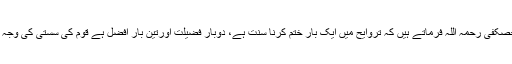
مشہور فقیہ محمد بن علی بن حصکفی رحمہ اللہ فرماتے ہیں کہ تروایح میں ایک بار ختم کرنا سنت ہے، دوبار فضیلت اورتین بار افضل ہے قوم کی سستی کی وجہ سے اسے ترک نہ کیا جائے ۔